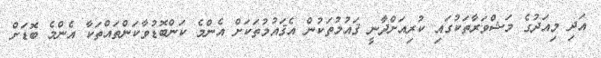
އަދި މިއަދުގެ މަޝްވަރާތަކުގައި ކުރިއަށްދާނީ ޤައުމުތަކުން އެޤައުމުތަކަށް އެންމެ ކަންބޮޑުވާކަންތައްތަކާ އެންމެ ބޮޑަށް